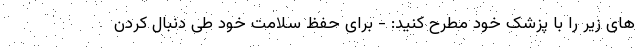
های زیر را با پزشک خود مطرح کنید: - برای حفظ سلامت خود طی دنبال کردن